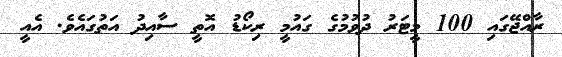
ރާއްޖޭގައި 100 މީޓަރު ދުވުމުގެ ގައުމީ ރިކޯޑު އޮތީ ސާއިދު އަތުގައެވެ. އެއީ